Code of medical and sanitary regulations for the guidance of medical officers serving in the Madras Presidency - Volume I
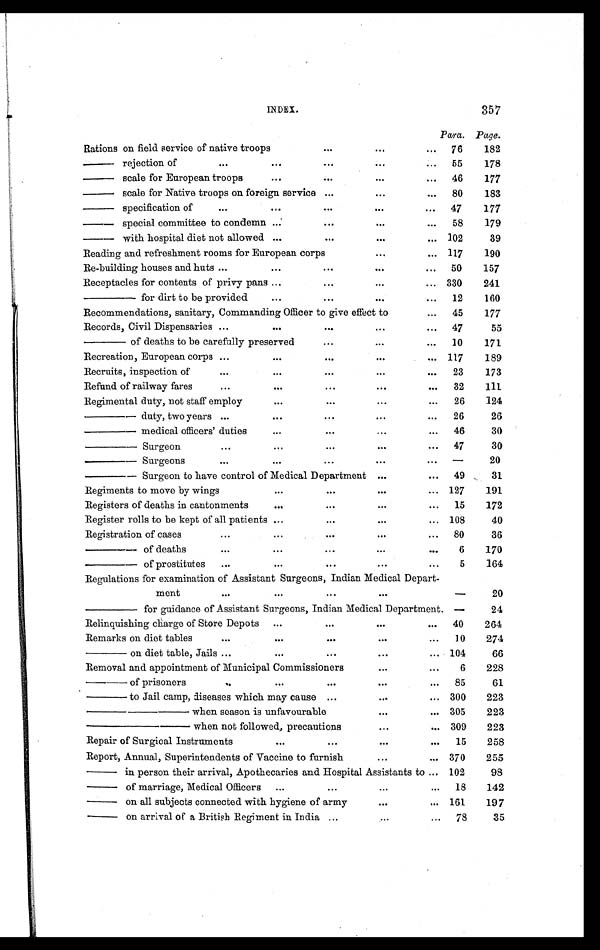
INDEX.
357
Para. Page.
Rations on field service of native troops
...
. . . ...
76
182
— r e j e c t i o n o f
. . . . . .
...
. . . . . .
55
178
— scal e for European t roops
...
...
. . . ...
46
177
— scale for Native troops on foreign service ...
. . .
...
80
183
— specification of
. . . . . .
...
. . .
...
47
177
— special committee to condemn ...
...
. . .
...
58
179
— with hospital diet not allowed ...
...
. . .
. . . 102
39
Reading and refreshment rooms for European corps
. . .
. . . 117
190
Re-building houses and huts
. . . . . .
...
. . .
...
50
157
Receptacles for contents of privy pans ...
...
. . .
... 330
241
——— for dirt to be provided
. . .
...
. . .
...
12
160
Recommendations, sanitary, Commanding Officer to give effect to
...
45
177
Records, Civil Dispensaries
. . . ...
...
. . .
...
47
55
—— of deaths to be carefully preserved
...
. . .
...
10
171
Recreation, European corps ...
. . .
...
. . .
... 117
189
Recruits, inspection of
. . .
. . .
...
. . .
...
23
173
Refund of railway fares
...
. . .
...
. . .
...
32
111
Regimental duty, not staff employ
. . .
...
. . .
. . .
26
124
——— duty, two years ...
. . .
...
. . .
. . .
26
26
——— medical officers' duties
. . .
...
...
...
46
30
——— Surgeon
...
...
...
. . .
...
47
30
——— Surgeons
. . .
...
...
. . .
. . .
—
20
——— Surgeon to have control of Medical Department
...
...
49
31
Regiments to move by wings
. . .
...
. . .
... 127
191
Registers of deaths in cantonments
. . .
...
. . .
...
15
172
Register rolls to be kept of all patients . . .
...
. . .
... 108
40
Registration of cases
...
...
...
. . .
...
80
36
— — — o f d e a t h s
. . .
. . .
...
...
...
6
170
— — — o f p r o s t i t u t e s
...
. . .
...
...
...
5
164
Regulations for examination of Assistant Surgeons, Indian Medical Depart-
ment
. . .
. . .
...
. . .
—
20
——— for guidance of Assistant Surgeons, Indian Medical Department. —
24
Relinquishing charge of Store Depots
...
...
. . .
...
40
264
Remarks on diet tables
. . .
. . .
...
. . .
...
10
274
—— on diet table, Jails ...
. . .
...
...
... 104
66
Removal and appointment of Municipal Commissioners
...
. . .
6
228
—— of prisoners
...
. . .
...
. . .
...
85
61
—— to Jail camp, diseases which may cause ...
...
... 300
223
———— w h e n s e a s o n i su n f a v o u r a b l e
. . .
... 305
223
———— when not followed, precautions
...
... 309
223
Repair of Surgical Instruments
. . .
...
. . .
...
15
258
Report, Annual, Superintendents of Vaccine to furnish
. . .
...
370
255
— i n p e r s o n t h e i r a r r i v a l , A p o t h e c a r i e s a n d H o s p i t a l A s s i s t a n t s t o ... 102
98
— o f
m a r r i a g e , M e d i c a l O f f i c e r s ...
...
...
...
18
142
— on all subjects connected with hygiene of army
. . .
... 161
197
— o n
a r r i v a l o f a B r i t i s h
R e g i m e n t i n I n d i a ...
. . . ...
78
35